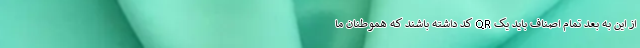
از این به بعد تمام اصناف باید یک QR کد داشته باشند که هموطنان ما